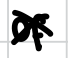
Text: of
Cross-out: cross
Writing tool: digital_black